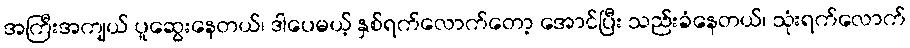
အကြီးအကျယ် ပူဆွေးနေတယ်၊ ဒါပေမယ့် နှစ်ရက်လောက်တော့ အောင်ပြီး သည်းခံနေတယ်၊ သုံးရက်လောက်